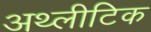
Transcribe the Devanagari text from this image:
अथ्लीटिक